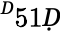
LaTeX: ^Ḋ51Ḍ